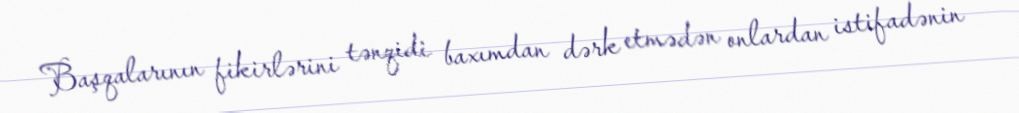
Başqalarının fikirlərini tənqidi baxımdan dərk etmədən onlardan istifadənin